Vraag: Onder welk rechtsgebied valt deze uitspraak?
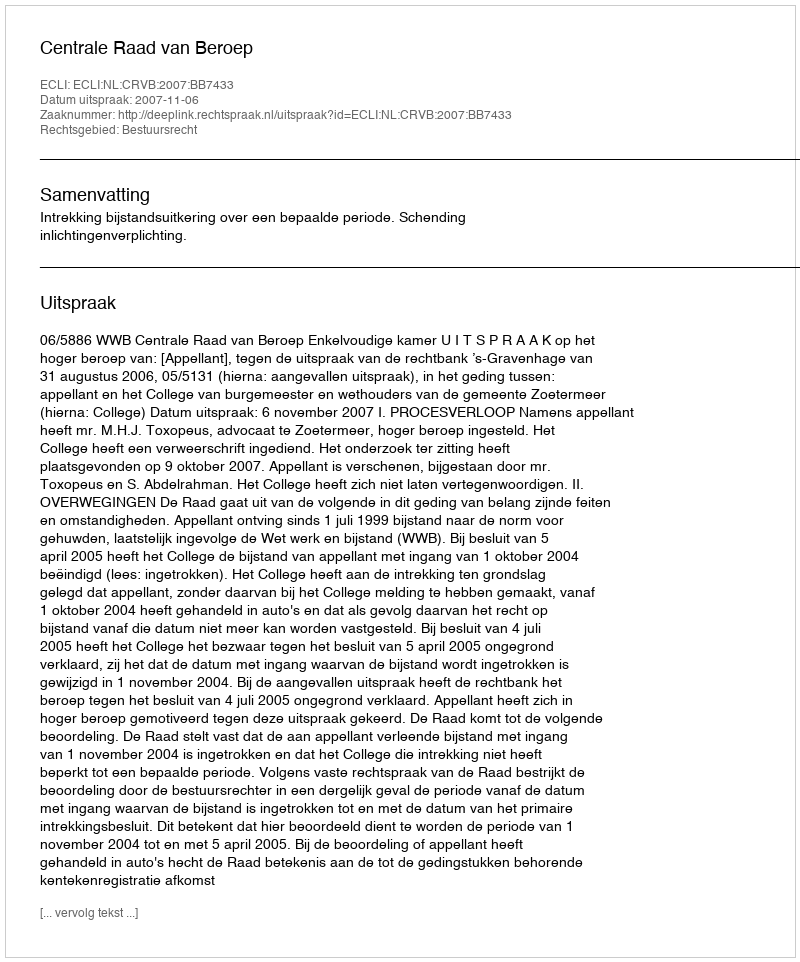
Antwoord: Bestuursrecht